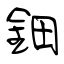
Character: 鈿